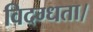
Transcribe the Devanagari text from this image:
विदग्धता।